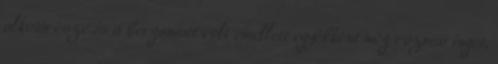
alkotórésze is a bergamott volt emellett egyébként még rozmaringot,